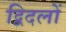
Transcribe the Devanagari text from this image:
द्विदलों